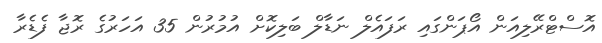
އޮސްޓްރޭލިއަން އޯޕަންގައި ރަފައެލް ނަޑާލް ބަލިކޮށް އުމުރުން 35 އަހަރުގެ ރޮޖާ ފެޑެރާ